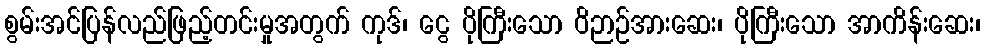
စွမ်းအင်ပြန်လည်ဖြည့်တင်းမှုအတွက် ကုဒ်၊ ငွေ ပိုကြီးသော ဝိဉာဉ်အားဆေး၊ ပိုကြီးသော အာကိန်းဆေး၊